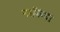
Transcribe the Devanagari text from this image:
नाकिंदा